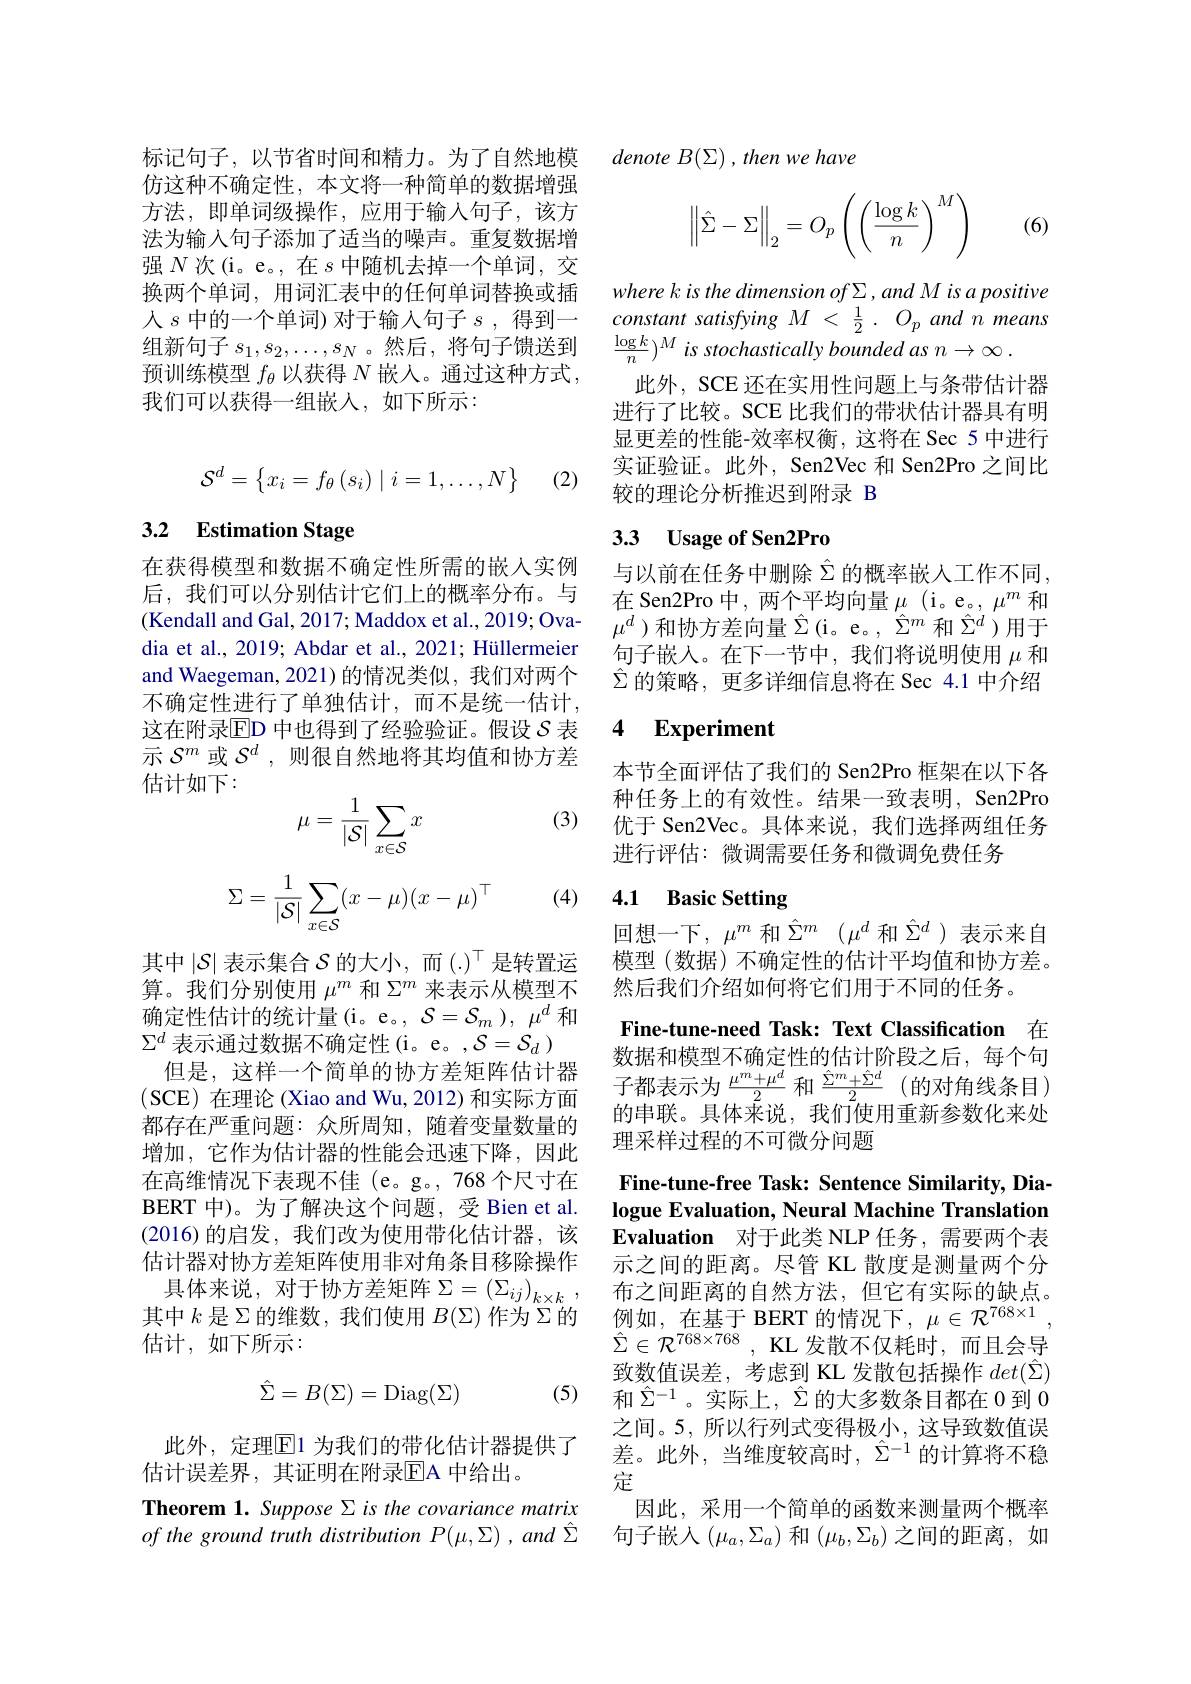
标记句子，以节省时间和精力。为了自然地模仿这种不确定性，本文将一种简单的数据增强方法，即单词级操作，应用于输入句子，该方法为输入句子添加了适当的噪声。重复数据增强$N$次(i。e。, 在$s$中随机去掉一个单词，交换两个单词，用词汇表中的任何单词替换或插人$s$中的一个单词) 对于输入句子$s$,得到一组新句子$s_1,s_2,\ldots,s_N$ 。然后，将句子馈送到预训练模型$f_\theta$以获得$N$嵌人。通过这种方式， 我们可以获得一组嵌入，如下所示：
$$\mathcal{S}^d=\begin{Bmatrix}x_i=f_\theta\left(s_i\right)\mid i=1,\dots,N\end{Bmatrix}$$
(2)

# 3.2 Estimation Stage

在获得模型和数据不确定性所需的嵌入实例后，我们可以分别估计它们上的概率分布。与(Kendall and Gal, 2017; Maddox et al., 2019; Ovadia et al., 2019; Abdar et al., 2021; Hüllermeier and Waegeman,2021)的情况类似，我们对两个不确定性进行了单独估计，而不是统一估计， 这在附录$\mathbb{E}$D 中也得到了经验验证。假设 $\mathcal{S}$ 表示$\mathcal{S}^m$或$\mathcal{S}^d$,则很自然地将其均值和协方差估计如下：
$$\mu=\frac{1}{|\mathcal{S}|}\sum_{x\in\mathcal{S}}x$$
(3)
$$\Sigma=\dfrac{1}{|\mathcal{S}|}\sum_{x\in\mathcal{S}}(x-\mu)(x-\mu)^\top $$
(4)

其中$\left|\mathcal{S}\right|$表示集合$\mathcal{S}$的大小，而(.)$^\top$是转置运算。我们分别使用$\mu^m$和$\Sigma^m$来表示从模型不确定性估计的统计量(i。e。, $\mathcal{S}=\mathcal{S}_m),\mu^d$和$\Sigma^d$表示通过数据不确定性(i。e。$,\mathcal{S}=\mathcal{S}_d)$
但是，这样一个简单的协方差矩阵估计器(SCE) 在理论 (Xiao and Wu, 2012) 和实际方面都存在严重问题：众所周知，随着变量数量的增加，它作为估计器的性能会迅速下降，因此在高维情况下表现不佳 (e。g。, 768 个尺寸在BERT 中)。为了解决这个问题，受 Bien et al. (2016)的启发，我们改为使用带化估计器，该估计器对协方差矩阵使用非对角条目移除操作具体来说，对于协方差矩阵$\Sigma=\left(\Sigma_{ij}\right)_{k\times k}$, $\begin{array}{lll}\text{其中 }k\text{ 是 }\Sigma\text{ 的维数，我们使用 }B(\Sigma)\text{ 作为 }\Sigma\text{ 的}&\text{例如，在基于 BERT 的情况下，}\mu\in\mathcal{R}^{768\times1},\\\text{估计，如下所示：}&\hat{\Sigma}\in\mathcal{R}^{768\times768},\text{ KL 发散不仅耗时，而且会导}\end{array}$

(5)
$$\hat{\Sigma}=B(\Sigma)=\mathrm{Diag}(\Sigma)$$
此外，定理$\overline{\mathrm{E}}$1 为我们的带化估计器提供了
估计误差界，其证明在附录$\overline{\mathrm{E}}$A 中给出。
Theorem 1. Suppose Σis the covariance matrix of the ground truth distribution P(μ,Σ) , and Î

denote B(Σ) , then we have
$$\left\|\hat\Sigma-\Sigma\right\|_2=O_p\left(\left(\frac{\log k}{n}\right)^M\right)$$
(6)

where k is the dimension of $\Sigma,and$ M is a positive $constantsatisfyingM<\frac12.O_pandnmeans$ $\frac{\log k}n)^M$ is stochastically bounded as n → ∞ .
此外，SCE 还在实用性问题上与条带估计器进行了比较。SCE 比我们的带状估计器具有明显更差的性能-效率权衡，这将在 Sec 5 中进行实证验证。此外，Sen2Vec 和 Sen2Pro 之间比较的理论分析推迟到附录 B

# 3.3 Usage of Sen2Pro

与以前在任务中删除$\hat{\Sigma}$ 的概率嵌入工作不同， 在 Sen2Pro 中，两个平均向量$\mu$ (i。e。, $\mu^m$和$\mu^d$)和协方差向量$\hat{\Sigma}\left(\mathrm{i。e。,~\hat{\Sigma}^m}\text{和}\hat{\Sigma}^d\right)$用于句子嵌人。在下一节中，我们将说明使用$\mu$和$\hat{\Sigma}$的策略，更多详细信息将在 Sec 4.1 中介绍

### 4 $\textbf{Experiment}$

本节全面评估了我们的 Sen2Pro 框架在以下各种任务上的有效性。结果一致表明，Sen2Pro 优于 Sen2Vec。具体来说，我们选择两组任务进行评估：微调需要任务和微调免费任务

# 4.1 Basic Setting

回想一下，$\mu^m$ 和$\hat{\Sigma}^m(\mu^d$ 和$\hat{\Sigma}^d)$ 表示来自模型(数据)不确定性的估计平均值和协方差。然后我们介绍如何将它们用于不同的任务。

Fine-tune-need Task: Text Classification 在数据和模型不确定性的估计阶段之后，每个句子都表示为$\frac{\mu^m+\mu^d}2$ 和$\frac{\hat{\Sigma}^m+\hat{\Sigma}^d}2$(的对角线条目) 的串联。具体来说，我们使用重新参数化来处理采样过程的不可微分问题
Fine-tune-free Task: Sentence Similarity, Dialogue Evaluation, Neural Machine Translation Evaluation 对于此类 NLP 任务，需要两个表示之间的距离。尽管 KL 散度是测量两个分布之间距离的自然方法，但它有实际的缺点。致数值误差，考虑到 KL 发散包括操作$det(\hat{\Sigma})$ 和$\hat{\Sigma}^{-1}$。实际上，$\hat{\Sigma}$的大多数条目都在 0 到 0之间。5,所以行列式变得极小，这导致数值误差。此外，当维度较高时$,\hat{\Sigma}^-1$的计算将不稳定
因此，采用一个简单的函数来测量两个概率句子嵌入$(\mu_a,\Sigma_a)$和$(\mu_b,\Sigma_b)$之间的距离，如